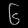
Digit: ၆